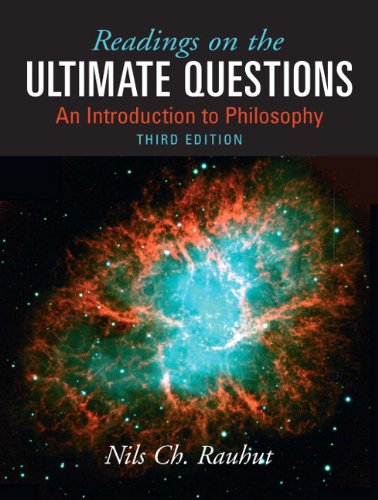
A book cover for Readings on Ultimate Questions: An Introduction to Philosophy (3rd Edition); Nils Ch. Rauhut; Politics & Social Sciences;